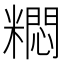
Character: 𫃐